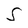
Character: S